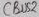
Text: CBUS2